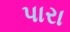
પારા